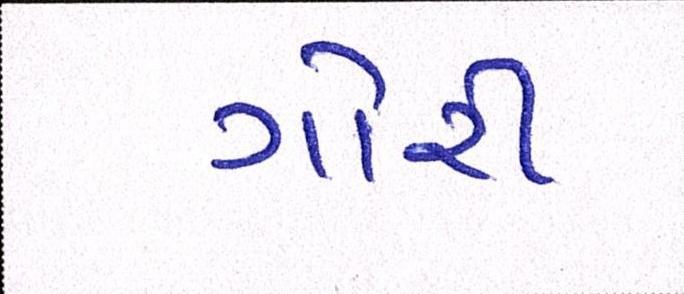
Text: ગોરી